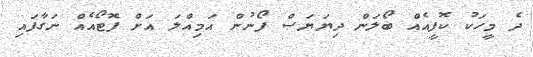
ދެ މީހަކު ކޮފީއެއް ބޯލަން ދިޔަޔަސް ފޯނުން އަމިއްލަ އަށް ފޮޓޯއެއް ނަގާފައި